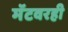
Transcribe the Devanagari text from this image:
मॅटवरही